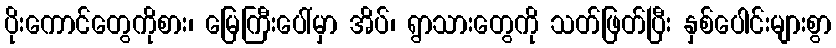
ပိုးကောင်တွေကိုစား၊ မြေကြီးပေါ်မှာ အိပ်၊ ရွာသားတွေကို သတ်ဖြတ်ပြီး နှစ်ပေါင်းများစွာ